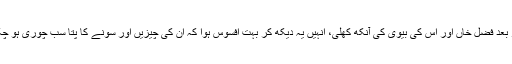
بہت دیر بعد فضل خاں اور اس کی بیوی کی آنکھ کھلی، انہیں یہ دیکھ کر بہت افسوس ہوا کہ ان کی چیزیں اور سونے کا پتا سب چوری ہو چکے ہیں۔